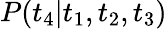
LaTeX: P(t_{4}|t_{1},t_{2},t_{3})